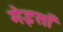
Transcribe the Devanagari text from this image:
मेइसाँ